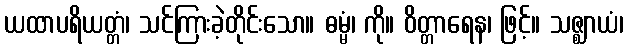
ယထာပရိယတ္တံ၊ သင်ကြားခဲ့တိုင်းသော။ ဓမ္မံ၊ ကို။ ဝိတ္တာရေန၊ ဖြင့်။ သဇ္ဈာယံ၊